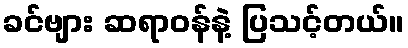
ခင်ဗျား ဆရာဝန်နဲ့ ပြသင့်တယ်။